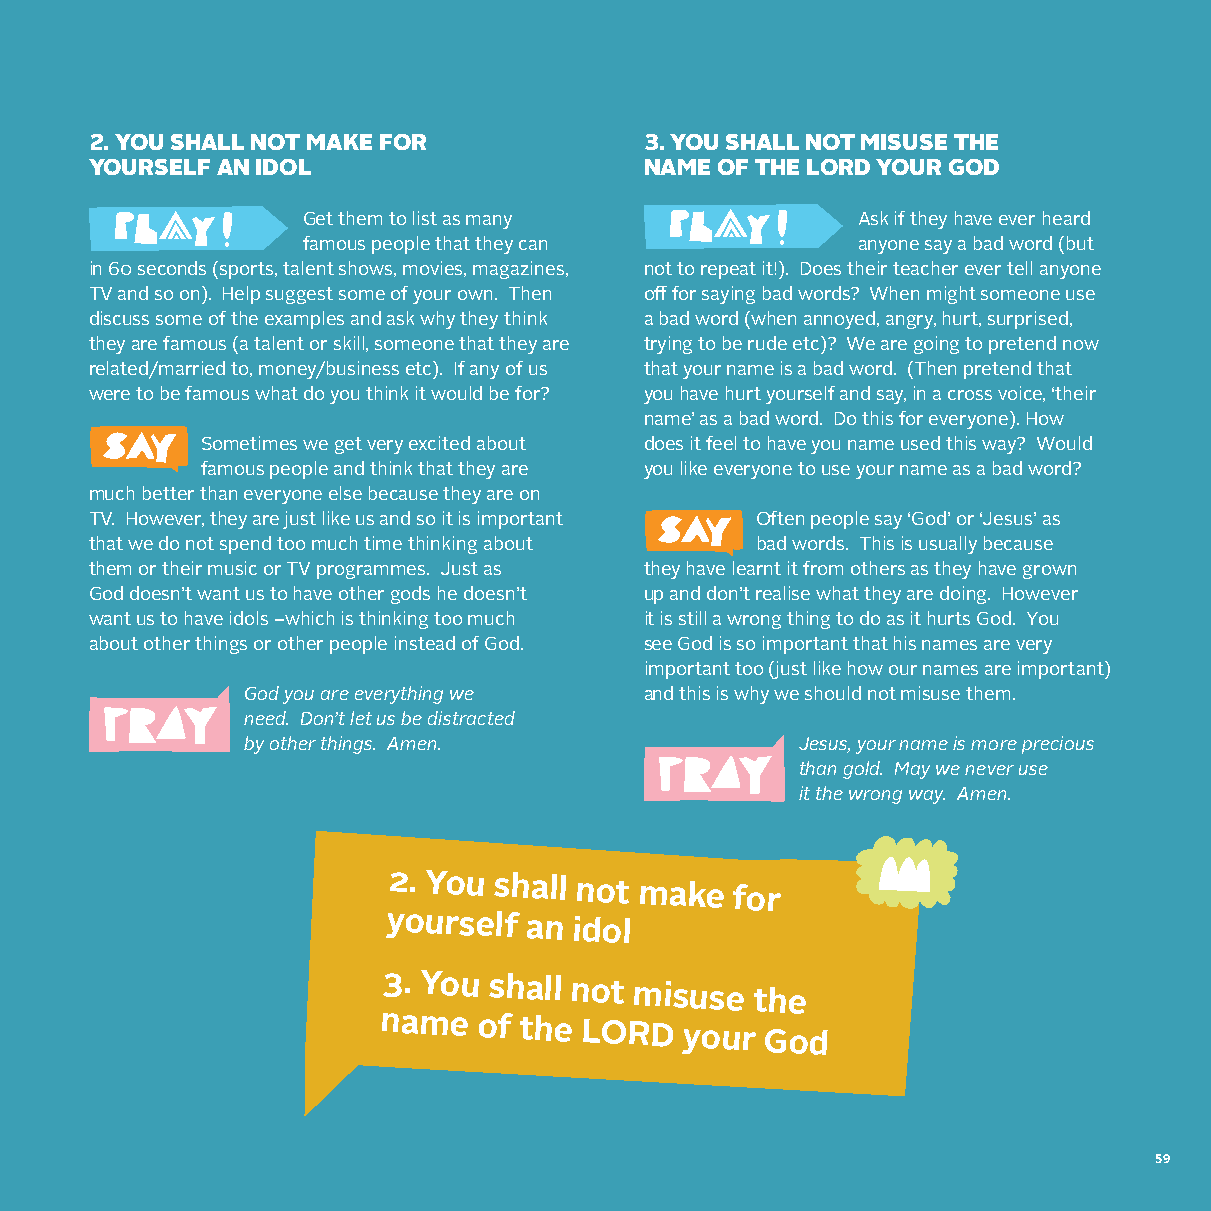
2. YOU SHALL NOT MAKE FOR            3. YOU SHALL NOT MISUSE THE
 YOURSELF AN IDOL                     NAME OF THE LORD YOUR GOD
 Get them to list as many             Ask if they have ever heard
 famous people that they can          anyone say a bad word (but
 in 60 seconds (sports, talent shows, movies, magazines, not to repeat it!). Does their teacher ever tell anyone
 TV and so on). Help suggest some of your own. Then off for saying bad words? When might someone use
 discuss some of the examples and ask why they think a bad word (when annoyed, angry, hurt, surprised,
 they are famous (a talent or skill, someone that they are trying to be rude etc)? We are going to pretend now
 related/married to, money/business etc). If any of us that your name is a bad word. (Then pretend that
 were to be famous what do you think it would be for? you have hurt yourself and say, in a cross voice, ‘their
 name’ as a bad word. Do this for everyone). How
 Sometimes we get very excited about does it feel to have you name used this way? Would
 famous people and think that they are you like everyone to use your name as a bad word?
 much better than everyone else because they are on
 TV. However, they are just like us and so it is important Often people say ‘God’ or ‘Jesus’ as
 that we do not spend too much time thinking about bad words. This is usually because
 them or their music or TV programmes. Just as they have learnt it from others as they have grown
 God doesn’t want us to have other gods he doesn’t up and don’t realise what they are doing. However
 want us to have idols –which is thinking too much it is still a wrong thing to do as it hurts God. You
 about other things or other people instead of God. see God is so important that his names are very
 important too (just like how our names are important)
 God you are everything we  and this is why we should not misuse them.
 need. Don’t let us be distracted
 by other things. Amen.               Jesus, your name is more precious
 than gold. May we never use
 it the wrong way. Amen.
 2. You shall not make for
 yourself
 an idol
 3. You shall not misuse  the
 name  of the LORD   your God
 59